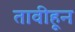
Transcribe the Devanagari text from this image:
तावीहून